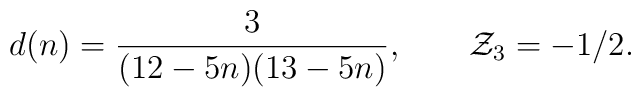
d(n)={3\over (12-5n)(13-5n)},\qquad  {\cal Z}_3=-1/2.